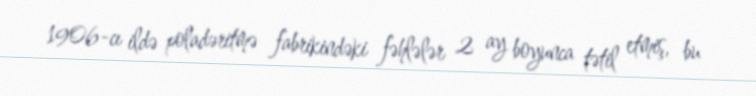
1906-cı ildə poladəritmə fabrikindəki fəhlələr 2 ay boyunca tətil etmiş, bu